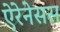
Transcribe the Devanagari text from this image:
ऐरेनेसस